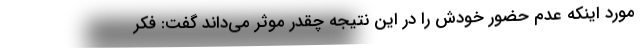
مورد اینکه عدم حضور خودش را در این نتیجه چقدر موثر می‌داند گفت: فکر